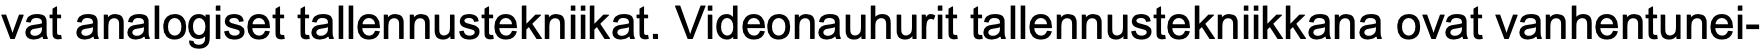
vat analogiset tallennustekniikat. Videonauhurit tallennustekniikkana ovat vanhentunei-